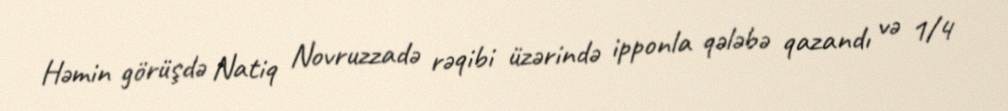
Həmin görüşdə Natiq Novruzzadə rəqibi üzərində ipponla qələbə qazandı və 1/4